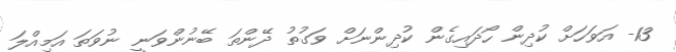
13- އަވަހަށް ކުދިން ހޯދައިގެން ކުދިންނަށް ވަގުތު ދޭންތަ ބޭނުންވަނީ ނުވަތަ އަމިއްލަ